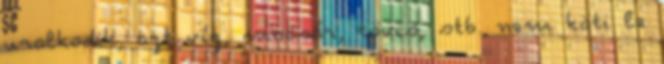
uralkodik, azt víz, mocsár, tövis, stb. nem köti le